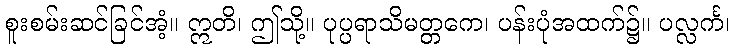
စူးစမ်းဆင်ခြင်အံ့။ ဣတိ၊ ဤသို့။ ပုပ္ပရာသိမတ္တကေ၊ ပန်းပုံအထက်၌။ ပလ္လင်္က၊